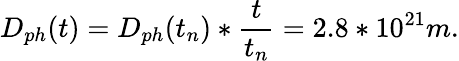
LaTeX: D_{ph}(t)=D_{ph}(t_{n})*\frac{t}{t_{n}}=2.8*10^{21}m.